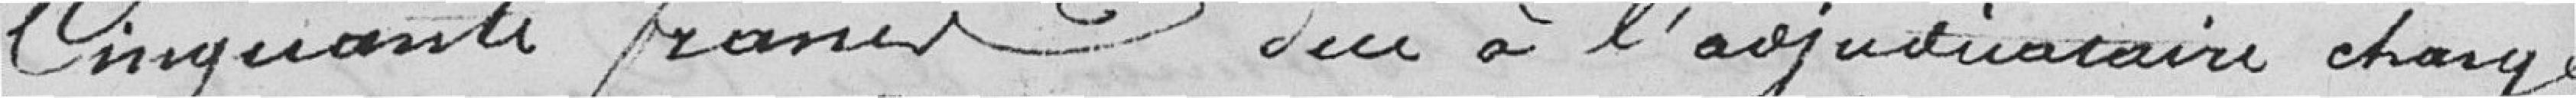
cinquante francs due à l'adjudicataire chargé